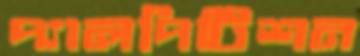
প্যালপিটিশন